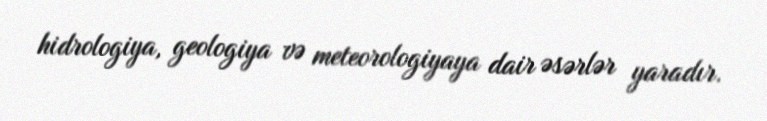
hidrologiya, geologiya və meteorologiyaya dair əsərlər yaradır.